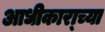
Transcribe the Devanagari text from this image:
आधीकारा्च्या